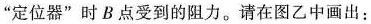
”定位器”时B点受到的阻力。请在图乙中画出：